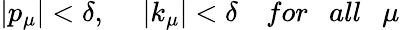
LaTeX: |p_{\mu}|<\delta,\ \ \ \ \ |k_{\mu}|<\delta\ \ \ \ for\ \ \ all\ \ \ \mu